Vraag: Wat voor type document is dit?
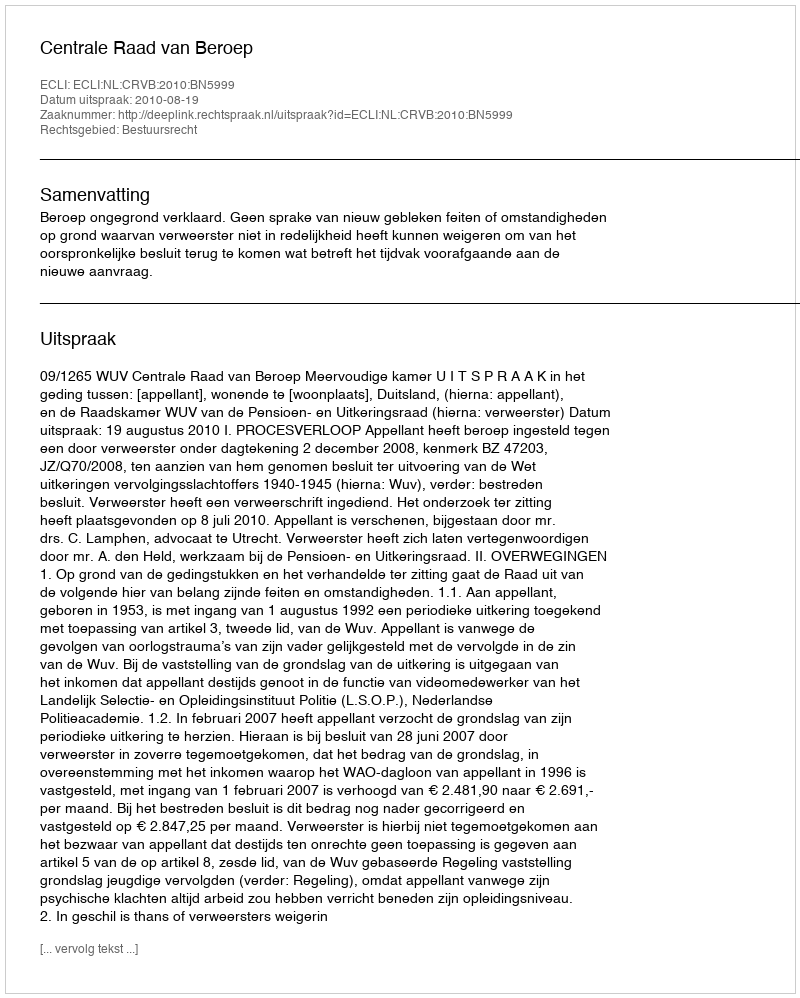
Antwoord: Uitspraak